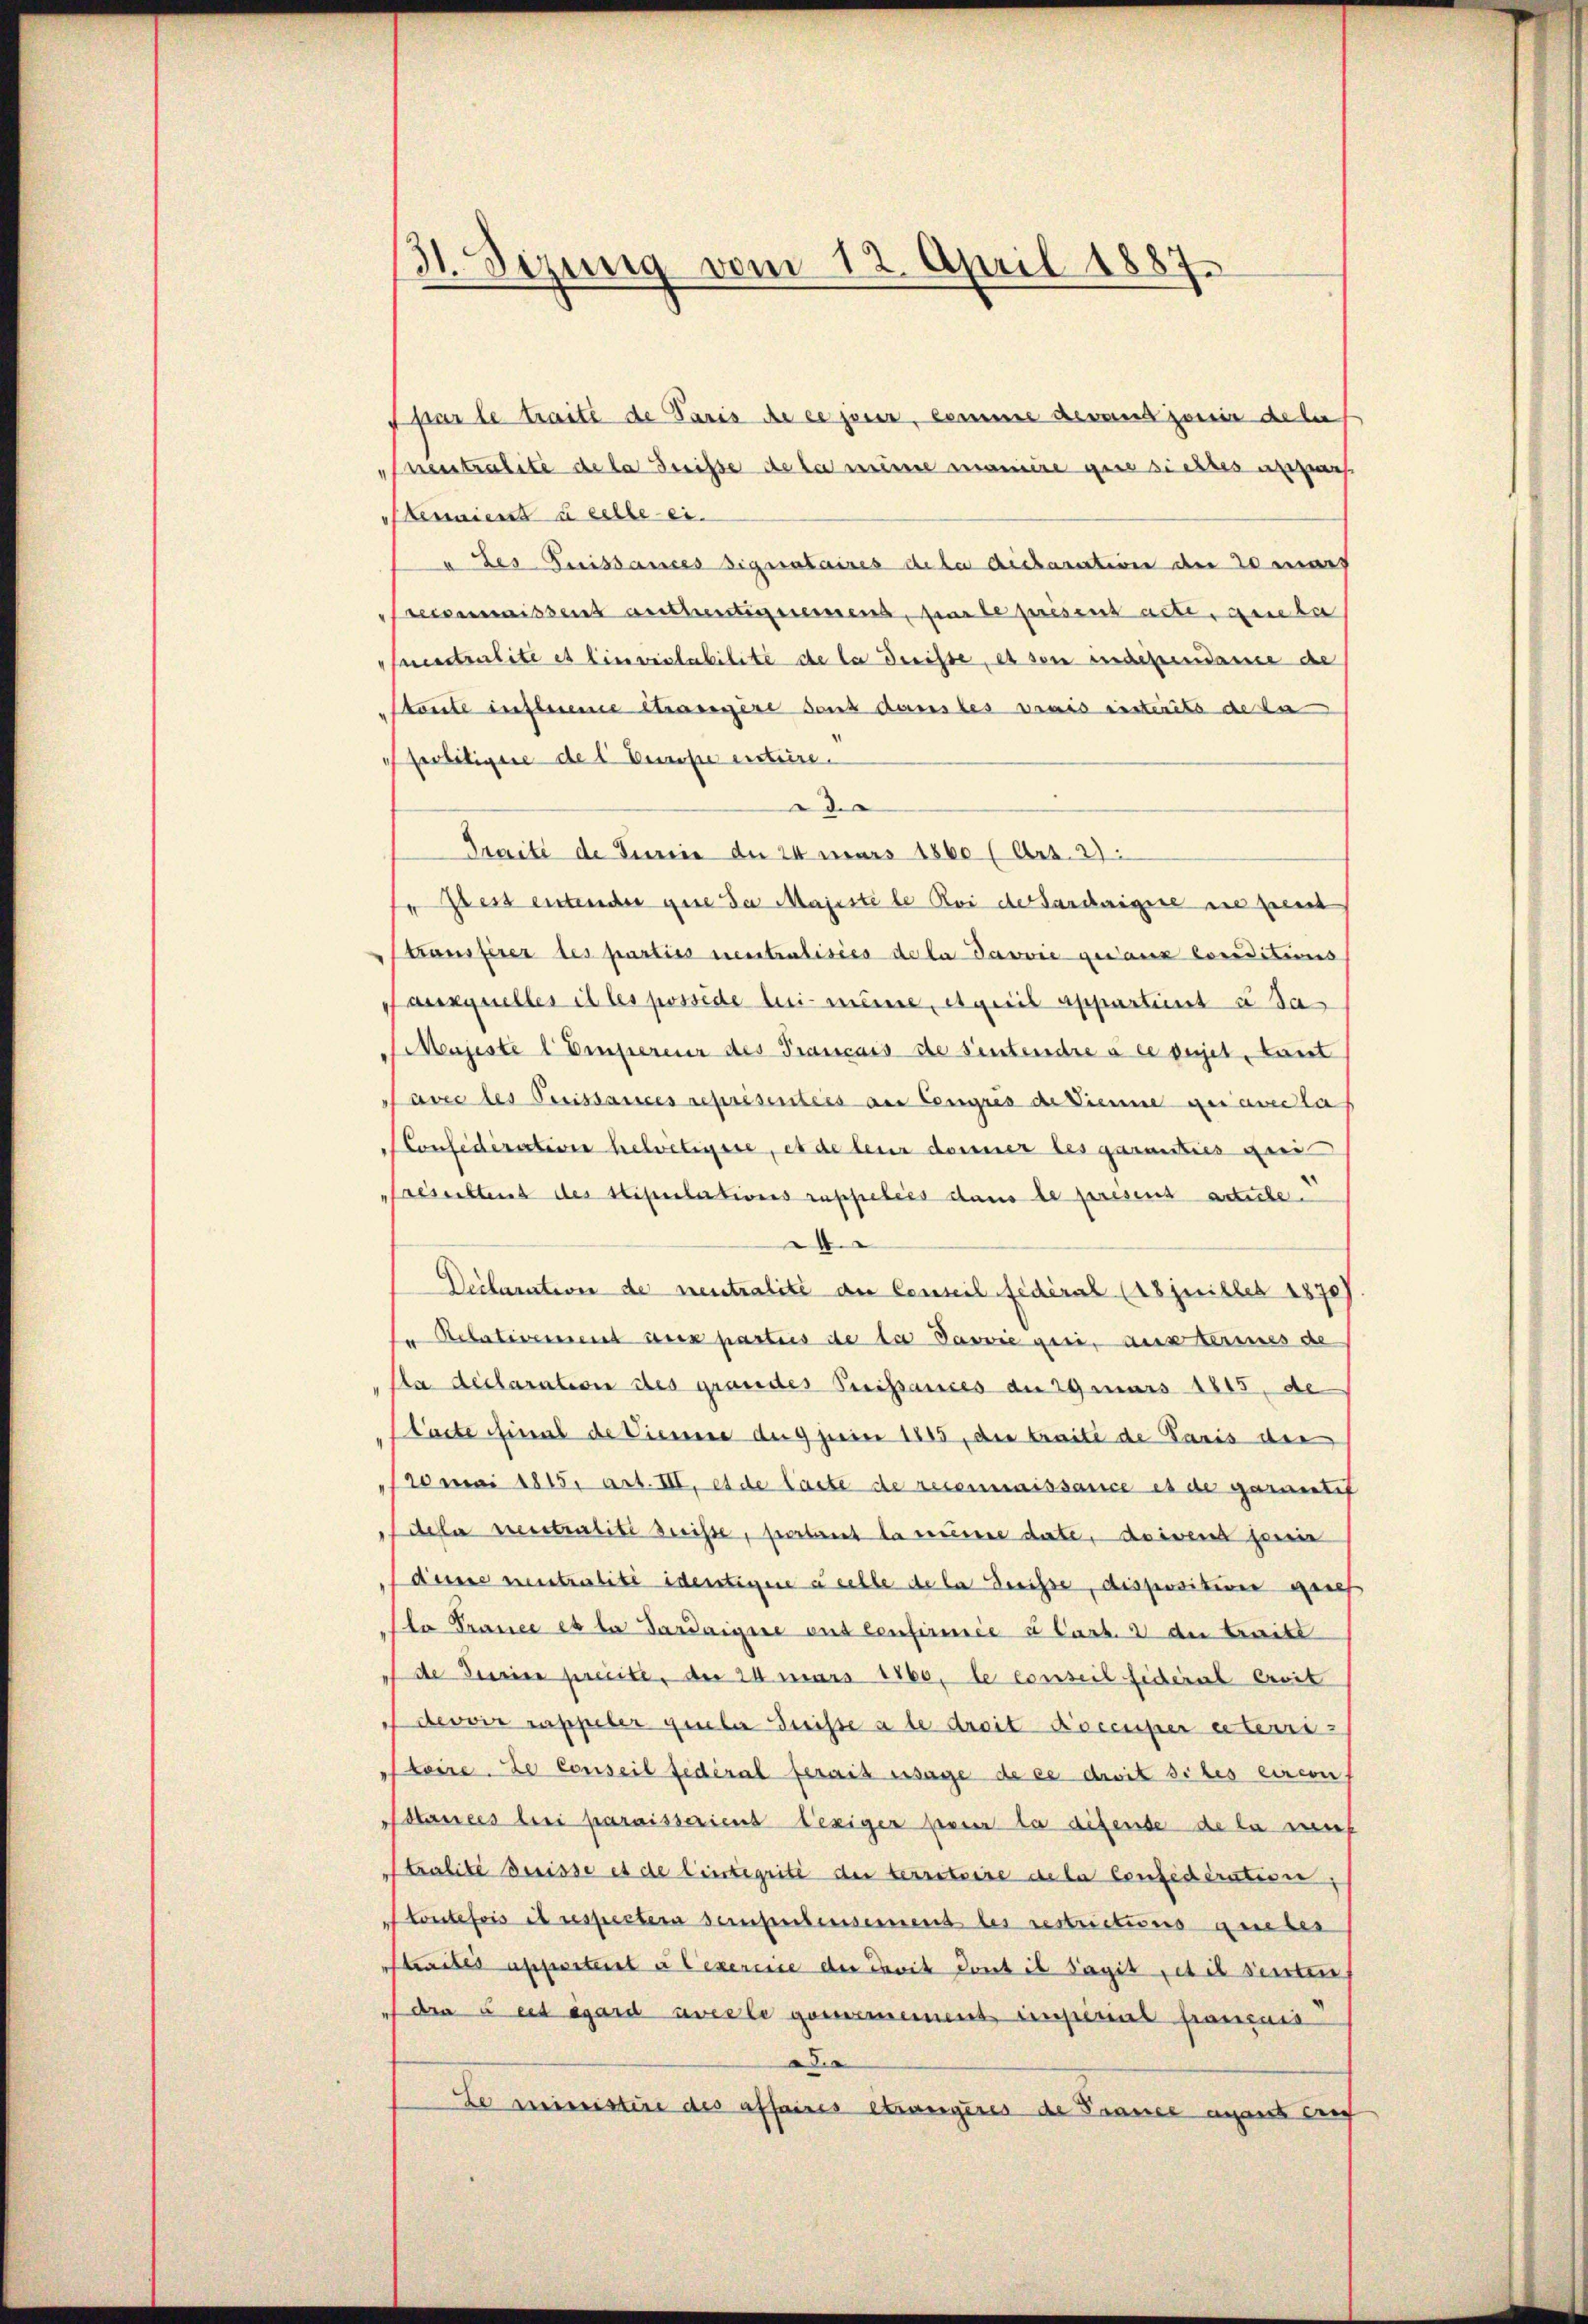
31. Sizung vom 12. April 1887

par le traité de Paris de ce jener, kommer deraus zwei dele
neutralite de la Suisse de le meine maniere gere sichtes anzuh
Pennienst u eelle ei¬
" des Luissances signataires de la dickaration der de marf
wissent authentiement, par le presens acte, gute
Seestralite es linviolabilité de la diste, es son eisdependame de
Stente inflesene Strasigere sont dans les vrais insterite de la
Spolitigere des Europe entiere.
d
Traite de Serie der 24 mars 1860 (Art. 2
f zers entender que da Majeste le Roi der Sarcaigue ne peut
träusserer des parties neutralisies de la Javvić getanz Coveditions
Pauxquelles il les possède lui meine, etweil appartient à sa
Majeste 1 Empereur des Francais de sentendre à ce sujettant
avec des Puissances représentées an Cengus de Sinne qui avec la
Considération helvetigste, et de leur danner les garanties gan
reserstens des Stipulations ruppelées dans le presens actiche
4
Declarative de neutralité du Conseil fédéral (18juilles 1870/
 Relativement aux parteis de des Davvie geri, austeries de
Aa déclaration des grandes Preissances der 29 mars 1815, de
tacte Final de Vienne der 9 jurini 1885, die traité de Paris der
10 mai 1815. art. III. et de laste de reconnaissance es de garantif
dela presstralité dreise, serbarent la recere date, doivent seine
dune neutralité identigen u selbe de la derisse, disposition auch
la France es la Gardaigne ans confirmée a Cast. 2 der treite
de Serien preite, der 24 mars 1760, le conseil fiderat erwit
dervir rappeler gieber dreisse a le droit Koceuper eiteres
toire de Conseil fédéral serait ersage de es droit siles circon
Mlances bei paraissariens leziger sesen la difende de la mis
Stralité dreisse es de lintegrité der territoire de la Considération
toutefois et respectera sempertensement des restrictions aueber
Ptraités appostent à l’exercice der Pavit dont il Tagit et il seiten
 d à cet égard aveele gernemeinent imperial français
d
Le ministire des affaires etweigeres de Frauer avant auf